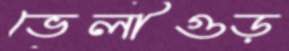
ভেলীগুড়